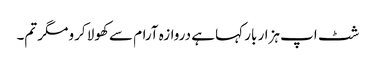
شٹ اپ ہزار بار کہا ہے دروازہ آرام سے کھولا کرو مگر تم۔